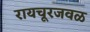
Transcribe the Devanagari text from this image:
रायचूरजवळ